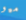
ميو